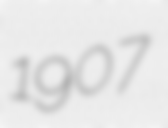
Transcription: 1907